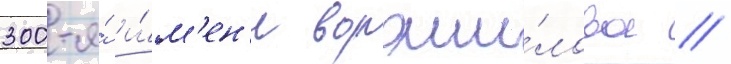
300-я́ и́м'ен'и вороши́лова /